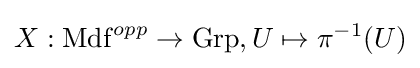
X:\mathrm {Mdf} ^{opp}\to \mathrm {Grp} ,U\mapsto \pi ^{-1}(U)